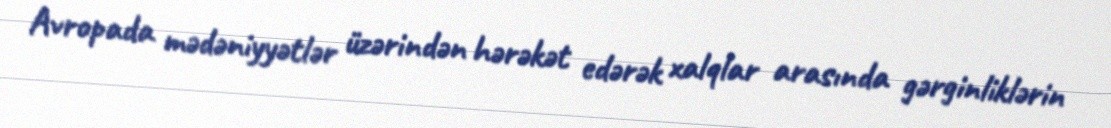
Avropada mədəniyyətlər üzərindən hərəkət edərək xalqlar arasında gərginliklərin